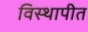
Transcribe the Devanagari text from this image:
विस्थापीत